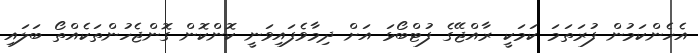
އެހެންކަމުން ފުރަތަމަ ކަމަކީ ރާއްޖޭގެ ފުޓްބޯޅަ އަށް ދިމާވެފައިވަނީ ކޮންކޮން ގޮންޖެހުންތަކެއްތޯ ބަލައި